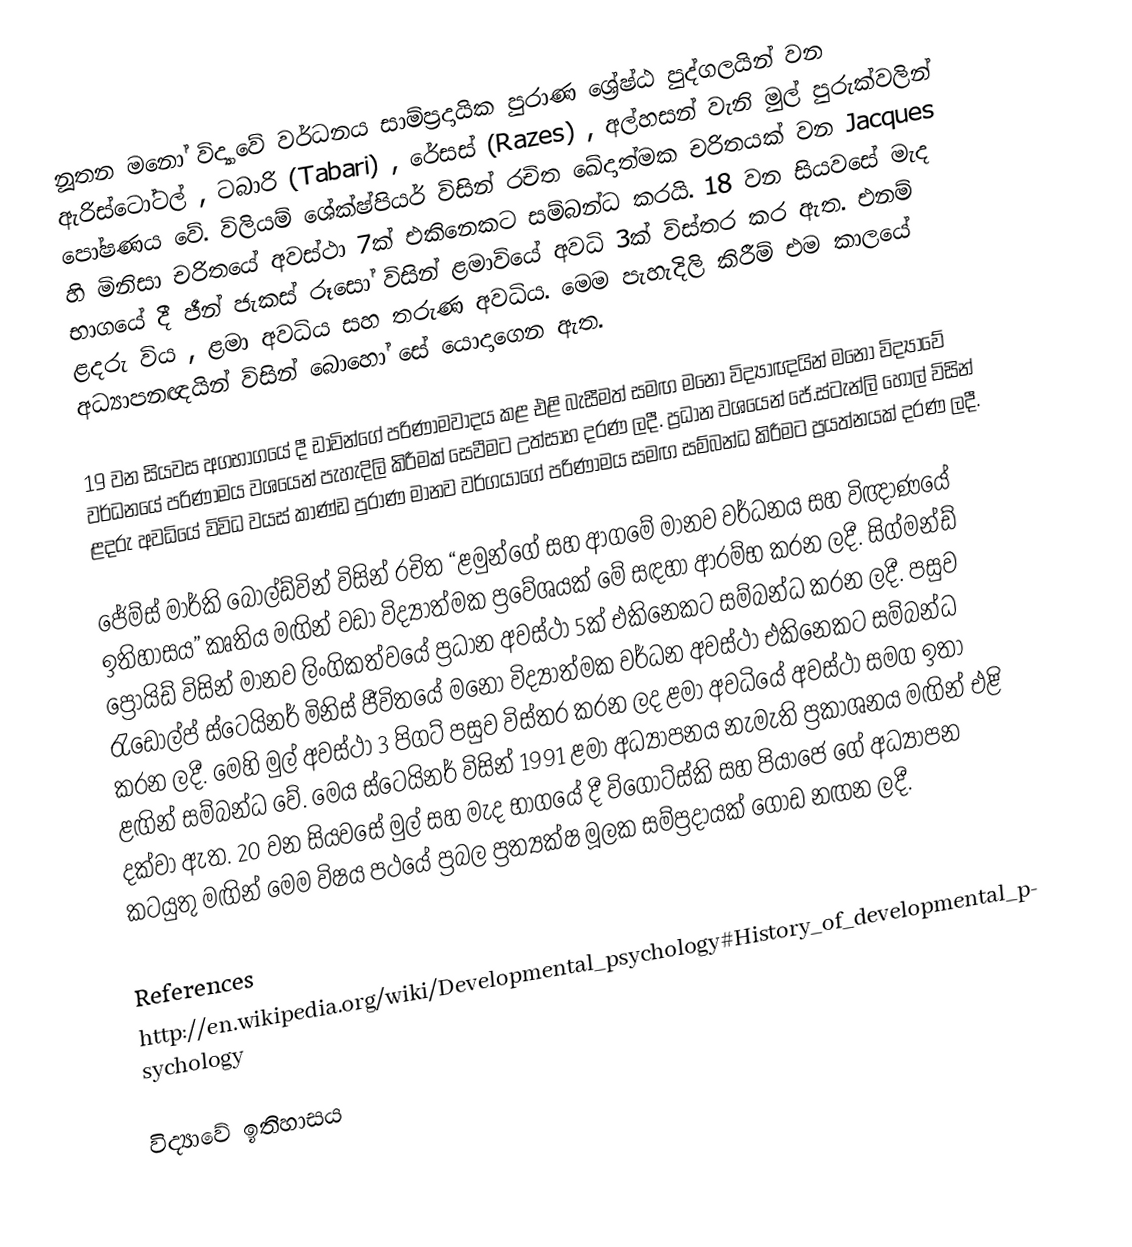
නූතන මනෝ විද්‍යාවේ වර්ධනය සාම්ප්‍රදායික පුරාණ ශ්‍රේෂ්ඨ පුද්ගලයින් වන ඇරිස්ටෝටල් , ටබාරි (Tabari) , රේසස් (Razes) , අල්හසන් වැනි මුල් පුරුක්වලින් පෝෂණය වේ. විලියම් ශේක්ෂ්පියර් විසින් රචිත ඛේදාත්මක චරිතයක් වන Jacques හි මිනිසා චරිතයේ අවස්ථා 7ක් එකිනෙකට සම්බන්ධ කරයි. 18 වන සියවසේ මැද භාගයේ දී ජීන් ජැකස් රූ‍සෝ විසින් ළමාවියේ අවධි 3ක් විස්තර කර ඇත. එනම් ළදරු විය , ළමා අවධිය සහ තරුණ අවධිය. මෙම පැහැදිලි කිරීම් එම කාලයේ අධ්‍යාපනඥයින් විසින් බොහෝ සේ යොදාගෙන ඇත.

19 වන සියවස අගභාගයේ දී ඩාවින්ගේ පරිණාමවාදය කළ එළි බැසීමත් සමඟ මනෝ විද්‍යාඥයින් මනෝ විද්‍යාවේ වර්ධනයේ පරිණාමය වශයෙන් පැහැදිලි කිරීමක් සෙවීමට උත්සාහ දරණ ලදී. ප්‍රධාන වශයෙන් ජේ.ස්ටැන්ලි හොල් විසින් ළදරු අවධියේ විවිධ වයස් කාණ්ඩ පුරාණ මානව වර්ගයාගේ පරිණාමය සමඟ සම්බන්ධ කිරීමට ප්‍රයත්නයක් දරණ ලදී.

ජේම්ස් මාර්කි බෝල්ඩ්වින් විසින් රචිත “ළමුන්ගේ සහ ආගමේ මානව වර්ධනය සහ විඥාණයේ ඉතිහාසය” කෘතිය මඟින් වඩා විද්‍යාත්මක ප්‍රවේශයක් මේ සඳහා ආරම්භ කරන ලදී. සිග්මන්ඩ් ප්‍රොයිඩ් විසින් ‍මානව ලිංගිකත්වයේ ප්‍රධාන අවස්ථා 5ක් එකිනෙකට සම්බන්ධ කරන ලදී. පසුව රැඩොල්ප් ස්ටෙයිනර් මිනිස් ජීවිතයේ මනෝ විද්‍යාත්මක වර්ධන අවස්ථා එකිනෙකට සම්බන්ධ කරන ලදී. මෙහි මුල් අවස්ථා 3 පිගට් පසුව විස්තර කරන ලද ළමා අවධියේ අවස්ථා සමග ඉතා ළඟින් සම්බන්ධ  වේ. මෙය ස්ටෙයිනර් විසින් 1991 ළමා අධ්‍යාපනය නැමැති ප්‍රකාශනය මඟින් එළි දක්වා ඇත. 20 වන සියවසේ මුල් සහ මැද භාගයේ දී විගොට්ස්කි සහ පියාජෙ ගේ අධ්‍යාපන කටයුතු මඟින් මෙම විෂය පථයේ ප්‍රබල ප්‍රත්‍යක්ෂ මූලක සම්ප්‍රදායක් ගොඩ නඟන ලදී.

References
http://en.wikipedia.org/wiki/Developmental_psychology#History_of_developmental_psychology

විද්‍යා‍වේ ඉතිහාසය